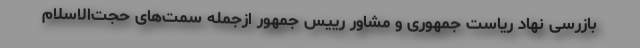
بازرسی نهاد ریاست جمهوری و مشاور رییس جمهور ازجمله سمت‌های حجت‌الاسلام